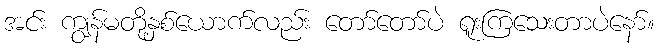
အင်း ကျွန်မတို့နှစ်ယောက်လည်း တော်တော်ပဲ ရူးကြသေးတာပဲနော်။